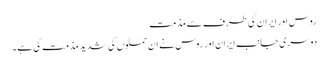
روس اور ایران کی طرف سے مذمت
دوسری جانب ایران اور روس نے ان حملوں کی شدید مذمت کی ہے۔